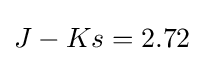
J-Ks=2.72